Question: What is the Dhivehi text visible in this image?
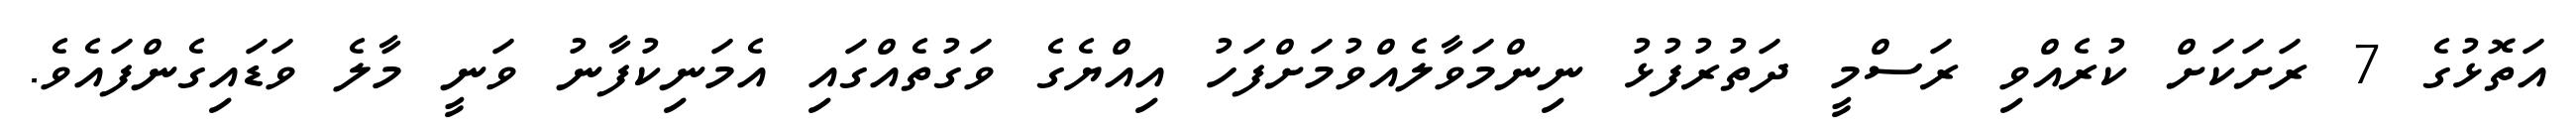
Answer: އަތޮޅުގެ 7 ރަށަކަށް ކުރެއްވި ރަސްމީ ދަތުރުފުޅު ނިންމަވާލެއްވުމަށްފަހު އިއްޔެގެ ވަގުތެއްގައި އެމަނިކުފާނު ވަނީ މާލެ ވަޑައިގެންފައެވެ.